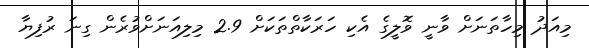
މިއަދު މިހާތަނަށް ވާނީ ވޮލީގެ އެކި ހަރަކާތްތަކަށް 2.9 މިލިއަނަށްވުރެން ގިނަ ރުފިޔާ